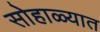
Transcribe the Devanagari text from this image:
सोहाळ्यात